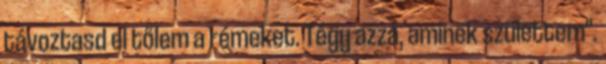
távoztasd el tőlem a rémeket. Tégy azzá, aminek születtem".